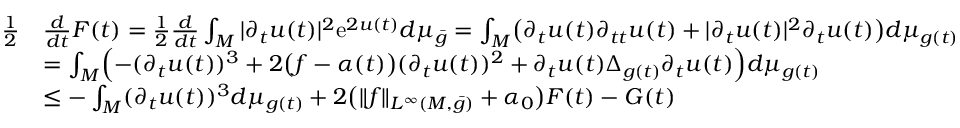
\begin{array} { r l } { \frac 1 2 } & { \frac { d } { d t } F ( t ) = \frac 1 2 \frac { d } { d t } \int _ { M } | \partial _ { t } u ( t ) | ^ { 2 } \mathrm { e } ^ { 2 u ( t ) } d \mu _ { \bar { g } } = \int _ { M } \bigl ( \partial _ { t } u ( t ) \partial _ { t t } u ( t ) + | \partial _ { t } u ( t ) | ^ { 2 } \partial _ { t } u ( t ) \bigr ) d \mu _ { g ( t ) } } \\ & { = \int _ { M } \Bigl ( - ( \partial _ { t } u ( t ) ) ^ { 3 } + 2 \bigl ( f - \alpha ( t ) \bigr ) ( \partial _ { t } u ( t ) ) ^ { 2 } + \partial _ { t } u ( t ) \Delta _ { g ( t ) } \partial _ { t } u ( t ) \Bigr ) d \mu _ { g ( t ) } } \\ & { \le - \int _ { M } ( \partial _ { t } u ( t ) ) ^ { 3 } d \mu _ { g ( t ) } + 2 \bigl ( \| f \| _ { L ^ { \infty } ( M , \bar { g } ) } + \alpha _ { 0 } \bigr ) F ( t ) - G ( t ) } \end{array}